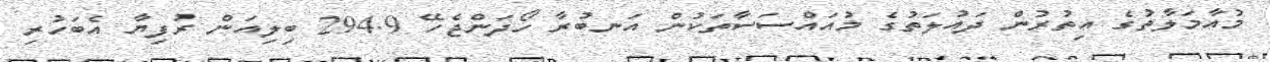
މުއާމަލާތުގެ އިތުރުން ދައުލަތުގެ މުއައްސަސާތަކުން އަނބުރާ ހޯދަންޖެހޭ 294.9 ބިލިއަން ރުފިޔާ އެބަހުރި